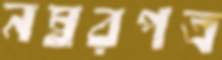
নম্বরপত্র